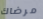
مرضاك